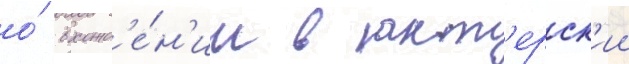
о́ вхожд'е́н'ии в акт'ерск'ии